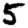
Digit: 5